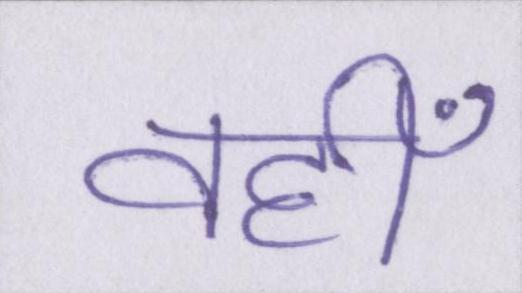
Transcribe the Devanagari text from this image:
वहीँ